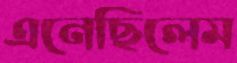
এনেছিলেম